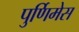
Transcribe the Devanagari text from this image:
पुर्णिमेस